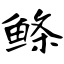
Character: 鲦